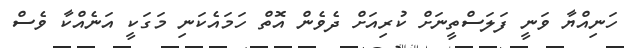
ހަނިއްޔާ ވަނީ ފަލަސްތީނަށް ކުރިއަށް ދެވެން އޮތް ހަމައެކަނި މަގަކީ އަނެއްކާ ވެސް